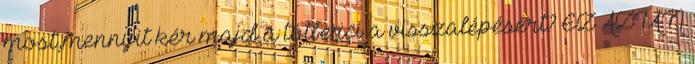
most,mennyit kér majd a tótberci a visszalépésért? EZ AZTÁN